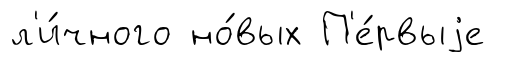
л'и́чного но́вых П'е́рвыjе